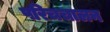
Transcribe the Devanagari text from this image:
परिचचालन